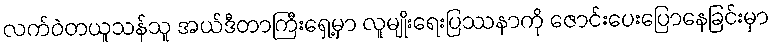
လက်ဝဲတယူသန်သူ အယ်ဒီတာကြီးရှေ့မှာ လူမျိုးရေးပြဿနာကို ဇောင်းပေးပြောနေခြင်းမှာ